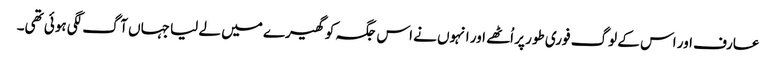
عارف اور اس کے لوگ فوری طور پر اُٹھے اور انہوں نے اس جگہ کو گھیرے میں لے لیا جہاں آگ لگی ہوئی تھی۔